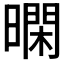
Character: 𭧴